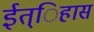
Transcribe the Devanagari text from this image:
ईत्िहास